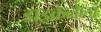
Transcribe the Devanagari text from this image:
डाइक्रेनेला